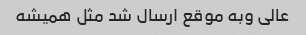
عالی وبه موقع ارسال شد مثل همیشه